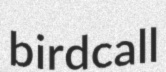
birdcall